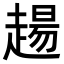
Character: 𧼮